Scottish Leaving Certificate Examination, 1958
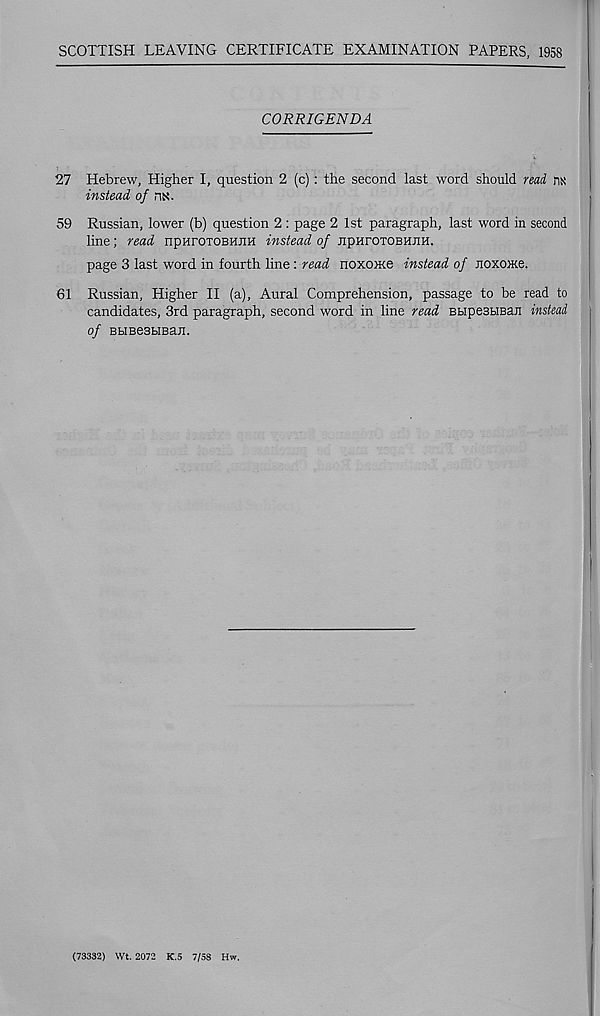
SCOTTISH LEAVING CERTIFICATE EXAMINATION PAPERS, 1958
CORRIGENDA
*11 Hebrew, Higher I, question 2 (c): the second last word should nad m
instead o/ nt<.
59 Russian, lower (b) question 2 : page 2 1st paragraph, last word in second
line; read npnrOTOBHJiH instead of JipHroTOBHJiH.
page 3 last word in fourth line: read noxonce instead of JioxoMe.
61 Russian, Higher II (a), Aural Comprehension, passage to be read to
candidates, 3rd paragraph, second word in line read BkipesHBan instead
of BHBeSBIBaJl.
(73332) Wt. 2072 K.5 7/58 Hw.